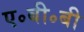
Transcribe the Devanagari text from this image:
ए॰बी॰बी